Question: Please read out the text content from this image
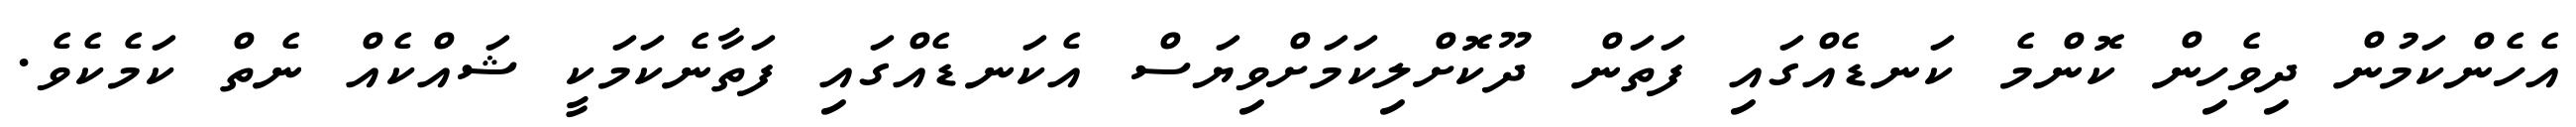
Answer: އެހެންކަމުން ދިވެހިން ކޮންމެ ކަނޑެއްގައި ފަތަން ދޫކޮށްލިކަމަށްވިޔަސް އެކަނޑެއްގައި ފަތާނެކަމަކީ ޝައްކެއް ނެތް ކަމެކެވެ.